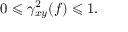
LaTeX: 0 \leqslant \gamma _ { x y } ^ { 2 } ( f ) \leqslant 1 .